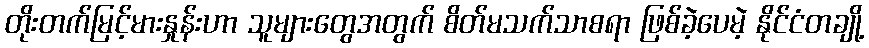
တိုးတက်မြင့်မားနှုန်းဟာ သူများတွေအတွက် စိတ်မသက်သာစရာ ဖြစ်ခဲ့ပေမဲ့ နိုင်ငံတချို့